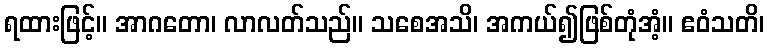
ရထားဖြင့်။ အာဂတော၊ လာလတ်သည်။ သစေအသိ၊ အကယ်၍ဖြစ်တုံအံ့။ ဧဝံသတိ၊